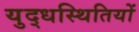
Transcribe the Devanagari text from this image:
युद्धस्थितियों